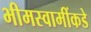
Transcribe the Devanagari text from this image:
भीमस्वामींकडे